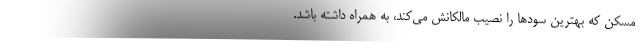
مسکن که بهترین سودها را نصیب مالکانش می‌کند، به همراه داشته باشد.